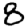
Digit: 8